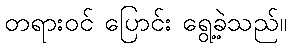
တရားဝင် ပြောင်း ရွေ့ခဲ့သည်။